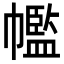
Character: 𢅡